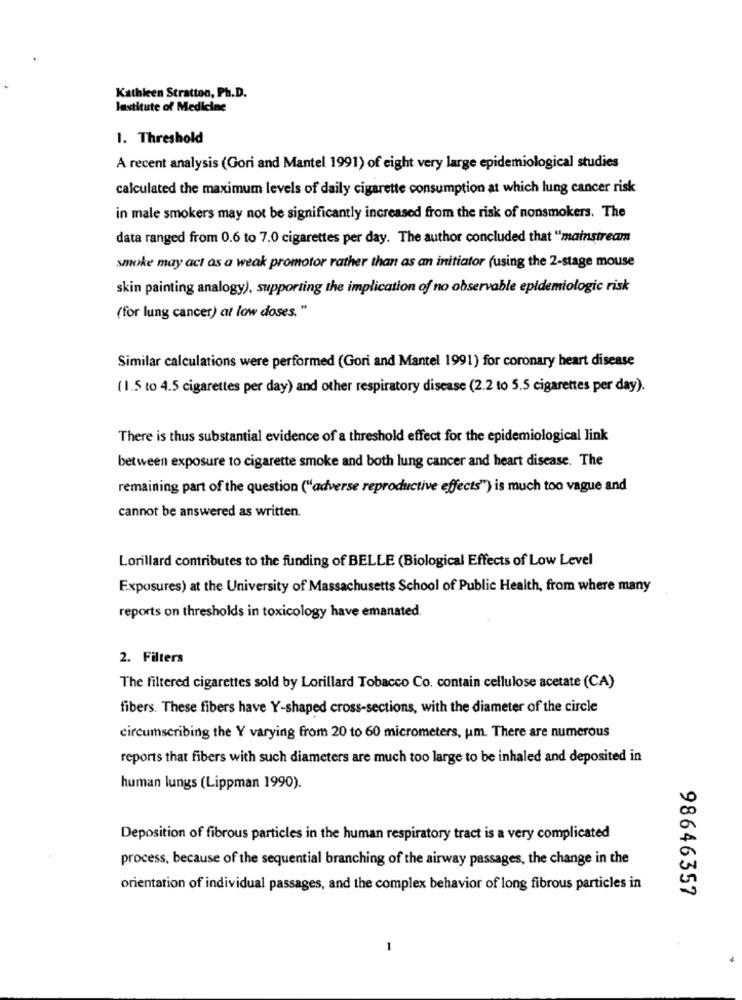
Kathleen Stratton, Ph.D.
lastitute of Medicine
1. Threshold
A recent analysis (Gori and Mantel 1991) of eight very large epidemiological studies
calculated the maximum levels of daily cigarette consumption at which lung cancer risk
in male smokers may not be significantly increased from the risk of nonsmokers. The
data ranged from 0.6 to 7.0 cigarettes per day. The author concluded that "mainstream
smoke may act as a weak promotor rather than as an initiator (using the 2-stage mouse
skin painting analogy), supporting the implication of no observable epidemiologic risk
(for lung cancer) at low doses."
Similar calculations were performed (Gori and Mantel 1991) for coronary heart disease
(1.5 to 4.5 cigarettes per day) and other respiratory disease (2.2 to 5.5 cigarettes per day).
There is thus substantial evidence of a threshold effect for the epidemiological link
between exposure to cigarette smoke and both lung cancer and heart disease. The
remaining part of the question ("adverse reproductive effects") is much too vague and
cannot be answered as written.
Lorillard contributes to the funding of BELLE (Biological Effects of Low Level
Exposures) at the University of Massachusetts School of Public Health, from where many
reports on thresholds in toxicology have emanated.
2. Filters
The filtered cigarettes sold by Lorillard Tobacco Co. contain cellulose acetate (CA)
fibers. These fibers have Y-shaped cross-sections, with the diameter of the circle
circumscribing the Y varying from 20 to 60 micrometers, um. There are numerous
reports that fibers with such diameters are much too large to be inhaled and deposited in
human lungs (Lippman 1990).
Deposition of fibrous particles in the human respiratory tract is a very complicated
process, because of the sequential branching of the airway passages, the change in the
orientation of individual passages, and the complex behavior of long fibrous particles in
98646357
1